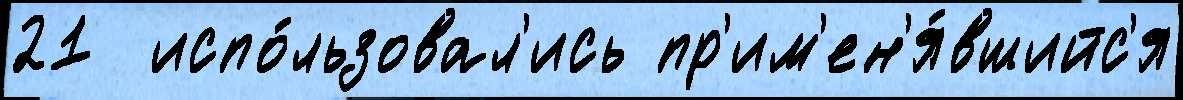
21  испо́льзовал'ись пр'им'ен'я́вшийс'я